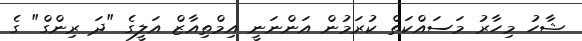
ޝާހު މިހާރު މަސައްކަތް ކުރަމުން އަންނަނީ އިމްތިއާޒް އަލީގެ "ދަ ރިންގް" ގެ